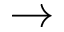
\rightarrow